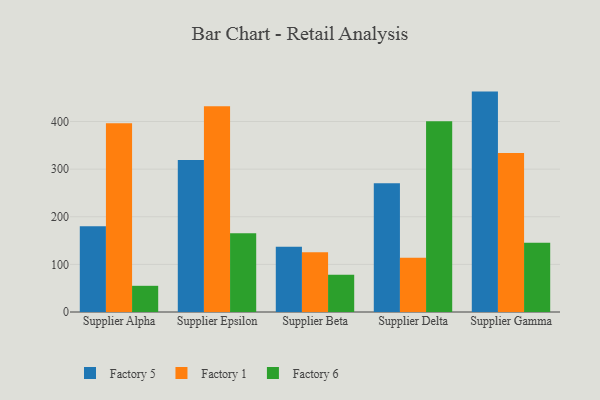
{"axis": {"x": "Supplier", "y": "Temperature (°C)"}, "legend": ["Factory 1", "Factory 5", "Factory 6"], "data": [{"x": "Supplier Alpha", "y": 179.9, "type": "Factory 5"}, {"x": "Supplier Alpha", "y": 396.2, "type": "Factory 1"}, {"x": "Supplier Alpha", "y": 55.0, "type": "Factory 6"}, {"x": "Supplier Epsilon", "y": 319.3, "type": "Factory 5"}, {"x": "Supplier Epsilon", "y": 431.9, "type": "Factory 1"}, {"x": "Supplier Epsilon", "y": 165.3, "type": "Factory 6"}, {"x": "Supplier Beta", "y": 137.0, "type": "Factory 5"}, {"x": "Supplier Beta", "y": 125.4, "type": "Factory 1"}, {"x": "Supplier Beta", "y": 78.0, "type": "Factory 6"}, {"x": "Supplier Delta", "y": 270.3, "type": "Factory 5"}, {"x": "Supplier Delta", "y": 113.8, "type": "Factory 1"}, {"x": "Supplier Delta", "y": 400.4, "type": "Factory 6"}, {"x": "Supplier Gamma", "y": 462.8, "type": "Factory 5"}, {"x": "Supplier Gamma", "y": 334.0, "type": "Factory 1"}, {"x": "Supplier Gamma", "y": 145.5, "type": "Factory 6"}]}